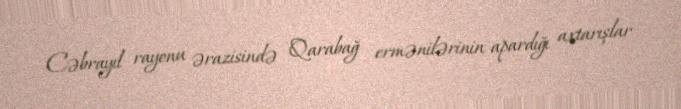
Cəbrayıl rayonu ərazisində Qarabağ ermənilərinin apardığı axtarışlar